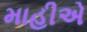
માહીએ